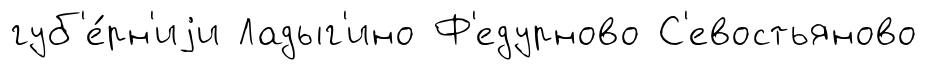
губ'е́рн'иjи Ладыг'ино Ф'едурново С'евостьяново